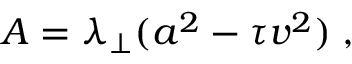
A = \lambda _ { \perp } ( a ^ { 2 } - \tau v ^ { 2 } ) \; ,